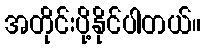
အတိုင်းပို့နိုင်ပါတယ်။